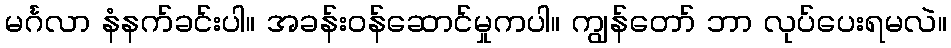
မင်္ဂလာ နံနက်ခင်းပါ။ အခန်းဝန်ဆောင်မှုကပါ။ ကျွန်တော် ဘာ လုပ်ပေးရမလဲ။